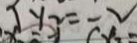
1 y _ { 2 } = - 2